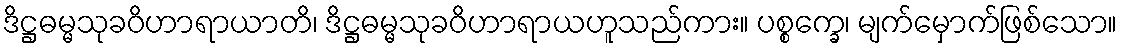
ဒိဋ္ဌဓမ္မသုခဝိဟာရာယာတိ၊ ဒိဋ္ဌဓမ္မသုခဝိဟာရာယဟူသည်ကား။ ပစ္စက္ခေ၊ မျက်မှောက်ဖြစ်သော။